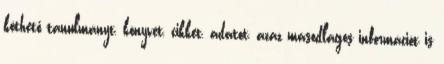
köthető tanulmányt, könyvet, cikket, adatot, azaz másodlagos információt is